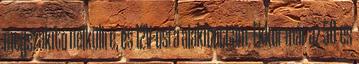
megszakító nélkülire, és 12V-osra alakítottam. Ekkor már az 50-es